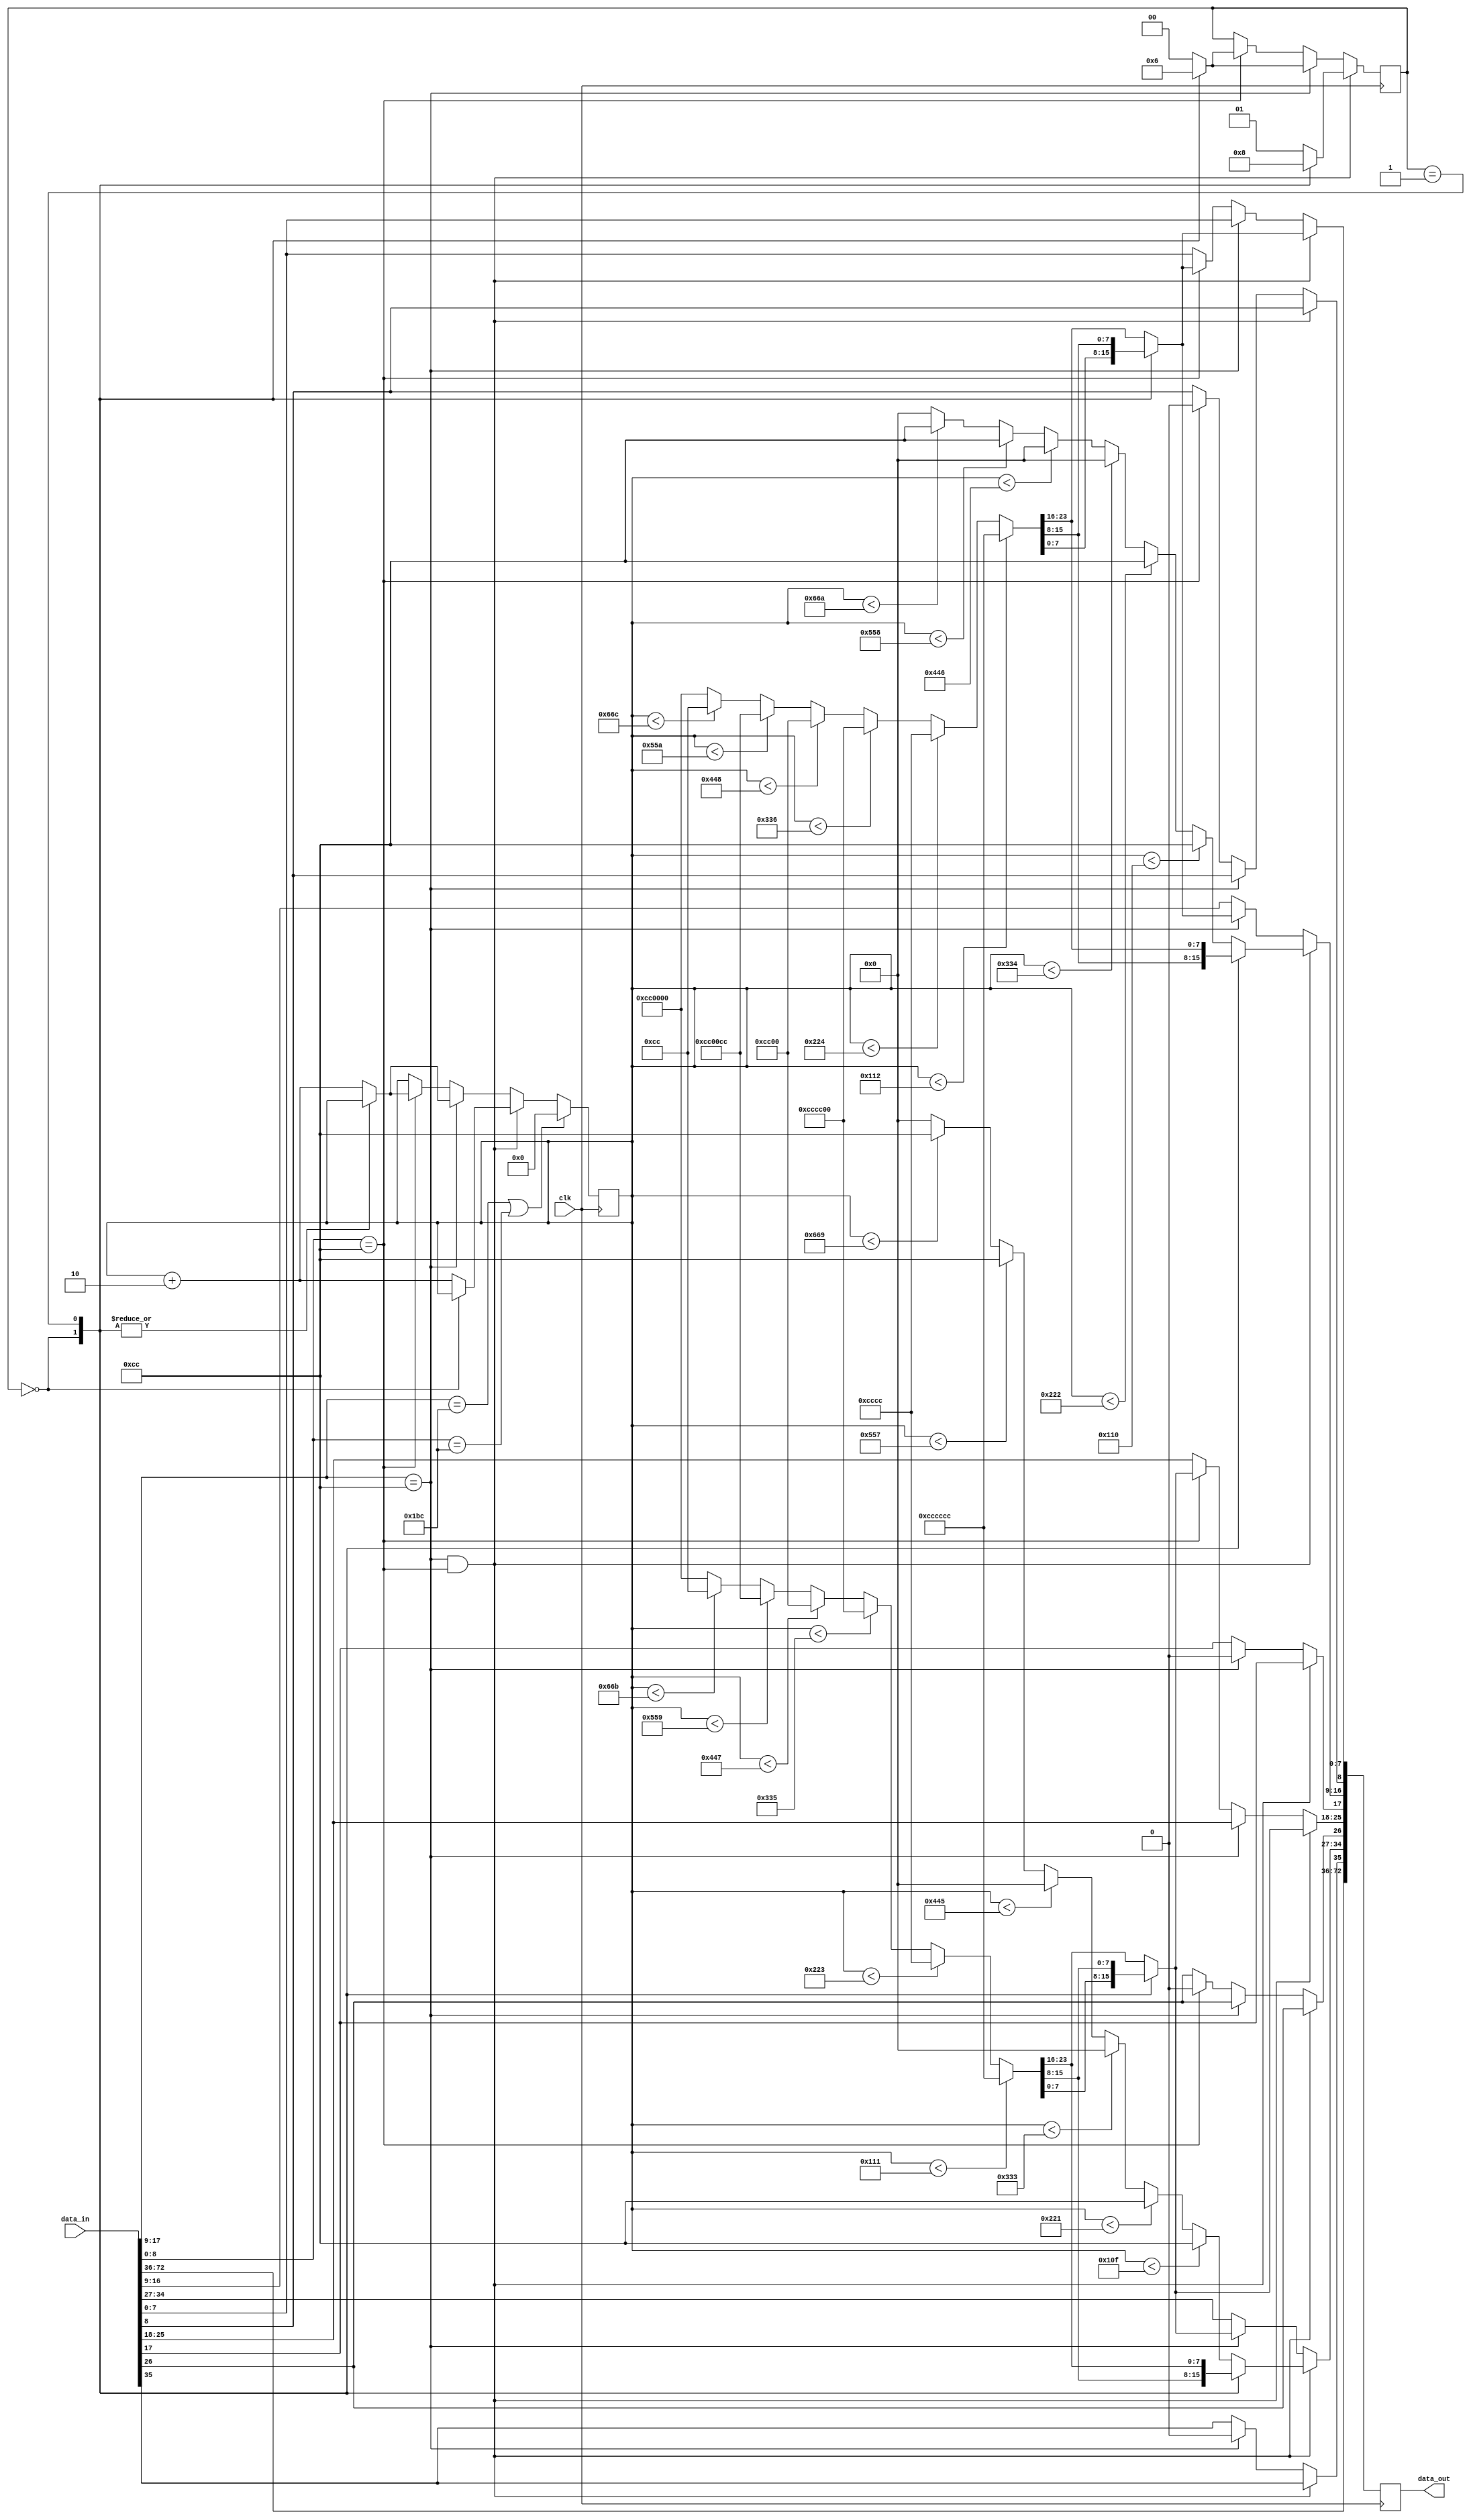
// This program was cloned from: https://github.com/hamsternz/DisplayPort_Verilog
// License: MIT License

///////////////////////////////////////////////////////////////////////////////
// merge_colourbar.v : Replace sential values in a two channel 1080p stream
//
//
// Part of the DisplayPort_Verlog project - an open implementation of the 
// DisplayPort protocol for FPGA boards. 
//
// See https://github.com/hamsternz/DisplayPort_Verilog for latest versions.
//
///////////////////////////////////////////////////////////////////////////////
// Version |  Notes
// ----------------------------------------------------------------------------
//   1.0   | Initial Release
//
///////////////////////////////////////////////////////////////////////////////
//
// MIT License
// 
// Copyright (c) 2019 Mike Field
// 
// Permission is hereby granted, free of charge, to any person obtaining a copy
// of this software and associated documentation files (the "Software"), to deal
// in the Software without restriction, including without limitation the rights
// to use, copy, modify, merge, publish, distribute, sublicense, and/or sell
// copies of the Software, and to permit persons to whom the Software is
// furnished to do so, subject to the following conditions:
// 
// The above copyright notice and this permission notice shall be included in all
// copies or substantial portions of the Software.
// 
// THE SOFTWARE IS PROVIDED "AS IS", WITHOUT WARRANTY OF ANY KIND, EXPRESS OR
// IMPLIED, INCLUDING BUT NOT LIMITED TO THE WARRANTIES OF MERCHANTABILITY,
// FITNESS FOR A PARTICULAR PURPOSE AND NONINFRINGEMENT. IN NO EVENT SHALL THE
// AUTHORS OR COPYRIGHT HOLDERS BE LIABLE FOR ANY CLAIM, DAMAGES OR OTHER
// LIABILITY, WHETHER IN AN ACTION OF CONTRACT, TORT OR OTHERWISE, ARISING FROM,
// OUT OF OR IN CONNECTION WITH THE SOFTWARE OR THE USE OR OTHER DEALINGS IN THE
// SOFTWARE.
//
///////////////////////////////////////////////////////////////////////////////
//
// Want to say thanks?
//
// This design has taken many hours - 3 months of work for the initial VHDL
// design, and another month or so to convert it to Verilog for this release.
//
// I'm more than happy to share it if you can make use of it. It is released
// under the MIT license, so you are not under any onus to say thanks, but....
//
// If you what to say thanks for this design either drop me an email, or how about
// trying PayPal to my email (hamster@snap.net.nz)?
//
//  Educational use - Enough for a beer
//  Hobbyist use    - Enough for a pizza
//  Research use    - Enough to take the family out to dinner
//  Commercial use  - A weeks pay for an engineer (I wish!)
//
///////////////////////////////////////////////////////////////////////////////
module merge_colourbars(
        input      clk,
        input      [72:0] data_in,
        output reg [72:0] data_out
    );

    localparam [8:0] PIX   = 9'b011001100;
    localparam [8:0] BE    = 9'b111111011;  // K27.7 Blank End
    localparam [8:0] BS    = 9'b110111100;  // K28.5 Blank Start 
   
    reg [11:0] pixel_count;
    reg [23:0] ch0_pixel;
    reg [23:0] ch0_pixel_next;
    reg [23:0] ch1_pixel;
    reg [23:0] ch1_pixel_next;
    reg [1:0] r_g_b;

initial begin
    pixel_count          = 12'b0;
    r_g_b                = 2'b00;
end


always @(posedge clk) begin
//////////////////////////////////
// Pixel value generation 
//////////////////////////////////

    ////////////////////////////////////////////////////
    // Advance the counter when last byte of pixel is used
    ////////////////////////////////////////////////////
    if     (pixel_count < 274*1)   begin ch0_pixel[23:0] = 24'hCCCCCC; end
    else if(pixel_count < 274*2)   begin ch0_pixel[23:0] = 24'h00CCCC; end
    else if(pixel_count < 274*3)   begin ch0_pixel[23:0] = 24'hCCCC00; end
    else if(pixel_count < 274*4)   begin ch0_pixel[23:0] = 24'h00CC00; end
    else if(pixel_count < 274*5)   begin ch0_pixel[23:0] = 24'hCC00CC; end
    else if(pixel_count < 274*6)   begin ch0_pixel[23:0] = 24'h0000CC; end
    else                           begin ch0_pixel[23:0] = 24'hCC0000; end
  
    if     (pixel_count < 274*1-1) begin ch1_pixel[23:0] = 24'hCCCCCC; end
    else if(pixel_count < 274*2-1) begin ch1_pixel[23:0] = 24'h00CCCC; end
    else if(pixel_count < 274*3-1) begin ch1_pixel[23:0] = 24'hCCCC00; end
    else if(pixel_count < 274*4-1) begin ch1_pixel[23:0] = 24'h00CC00; end
    else if(pixel_count < 274*5-1) begin ch1_pixel[23:0] = 24'hCC00CC; end
    else if(pixel_count < 274*6-1) begin ch1_pixel[23:0] = 24'h0000CC; end
    else                           begin ch1_pixel[23:0] = 24'hCC0000; end
  
    if     (pixel_count < 274*1-2) begin ch0_pixel_next[23:0] = 24'hfCCCCC; end
    else if(pixel_count < 274*2-2) begin ch0_pixel_next[23:0] = 24'h00CCCC; end
    else if(pixel_count < 274*3-2) begin ch0_pixel_next[23:0] = 24'hCCCC00; end
    else if(pixel_count < 274*4-2) begin ch0_pixel_next[23:0] = 24'h00CC00; end
    else if(pixel_count < 274*5-2) begin ch0_pixel_next[23:0] = 24'hCC00CC; end
    else if(pixel_count < 274*6-2) begin ch0_pixel_next[23:0] = 24'h0000CC; end
    else                           begin ch0_pixel_next[23:0] = 24'hCC0000; end

    if     (pixel_count < 274*1-3) begin ch1_pixel_next[23:0] = 24'hfCCCCC; end
    else if(pixel_count < 274*2-3) begin ch1_pixel_next[23:0] = 24'h00CCCC; end
    else if(pixel_count < 274*3-3) begin ch1_pixel_next[23:0] = 24'hCCCC00; end
    else if(pixel_count < 274*4-3) begin ch1_pixel_next[23:0] = 24'h00CC00; end
    else if(pixel_count < 274*5-3) begin ch1_pixel_next[23:0] = 24'hCC00CC; end
    else if(pixel_count < 274*6-3) begin ch1_pixel_next[23:0] = 24'h0000CC; end
    else                           begin ch1_pixel_next[23:0] = 24'hCC0000; end
 
///////////////////////////////////////////////
// Scheduling the data out to the pipeline
///////////////////////////////////////////////

    data_out <= data_in;
    ///////////////////////////////////////////////
    // Replace the sentinel values with pixel data  
    ///////////////////////////////////////////////
    if(data_in[17:9] == PIX && data_in[8:0] == PIX) begin
       case(r_g_b) 
         2'b00:   begin
                    r_g_b = 2'b10;
                    data_out[7:0]   <=  ch0_pixel[7:0]; 
                    data_out[25:18] <=  ch1_pixel[7:0];
                    data_out[16:9]  <=  ch0_pixel[15:8];
                    data_out[34:27] <=  ch1_pixel[15:8];
                  end
         2'b01:   begin
                    r_g_b = 2'b00;
                    pixel_count = pixel_count + 2;
                    data_out[7:0]   <=  ch0_pixel[15:8];
                    data_out[25:18] <=  ch1_pixel[15:8];
                    data_out[16:9]  <=  ch0_pixel[23:16];
                    data_out[34:27] <=  ch1_pixel[23:16];
                    ch0_pixel <= ch0_pixel_next;
                    ch1_pixel <= ch1_pixel_next;
                  end
         default: begin
                    r_g_b = 2'b01;
                    pixel_count = pixel_count + 2;
                    data_out[7:0]   <=  ch0_pixel[23:16];
                    data_out[25:18] <=  ch1_pixel[23:16];
                    data_out[16:9]  <=  ch0_pixel_next[7:0];
                    data_out[34:27] <=  ch1_pixel_next[7:0];
                    ch0_pixel <= ch0_pixel_next;
                    ch1_pixel <= ch1_pixel_next;
                  end
       endcase
    end else if(data_in[17:9] == PIX) begin
       case(r_g_b) 
         2'b00:   begin
                    r_g_b = 2'b01;
                    data_out[17:9]  <=  ch0_pixel[7:0];
                    data_out[35:27] <=  ch1_pixel[7:0];
                  end
         2'b01:   begin
                    r_g_b = 2'b10;
                    data_out[17:9]  <=  ch0_pixel[15:8];
                    data_out[35:27] <=  ch1_pixel[15:8];
                  end
         default: begin
                    r_g_b = 2'b00;
                    pixel_count = pixel_count + 2;
                    data_out[17:9]  <=  ch0_pixel[23:16];
                    data_out[35:27] <=  ch1_pixel[23:16];
                    ch0_pixel <= ch0_pixel_next;
                    ch1_pixel <= ch1_pixel_next;
                  end
       endcase
    end else if(data_in[8:0] == PIX) begin
       case(r_g_b) 
         2'b00:   begin
                    r_g_b = 2'b01;
                    data_out[8:0]   <=  ch0_pixel[7:0];
                    data_out[26:18] <=  ch1_pixel[7:0];
                  end
         2'b01:   begin
                    r_g_b = 2'b10;
                    data_out[8:0]   <=  ch0_pixel[15:8];
                    data_out[26:18] <=  ch1_pixel[15:8];
                  end
         default: begin
                    r_g_b = 2'b00;
                    pixel_count = pixel_count + 2;
                    data_out[8:0]   <=  ch0_pixel[23:16];
                    data_out[26:18] <=  ch1_pixel[23:16];
                    ch0_pixel <= ch0_pixel_next;
                    ch1_pixel <= ch1_pixel_next;
                  end
       endcase
    end
    if(data_in[17:9] == BS || data_in[8:0] == BS) begin
       pixel_count = 12'b0;
    end 


end
endmodule